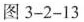
图3-2-13